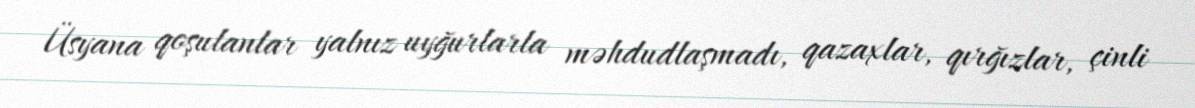
Üsyana qoşulanlar yalnız uyğurlarla məhdudlaşmadı, qazaxlar, qırğızlar, çinli